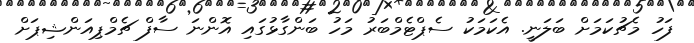
ފަހު މެޗުކަމަށް ބަލަނީ. އެކަމަކު ސެޕްޓެމްބަރު މަހު ބަންގާޅުގައި އޮންނަ ސާފް ޗެމްޕިއަންޝިޕަށް